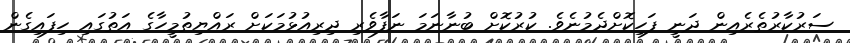
ސަރުކާރުތެރެއިން ދަނީ ފަހިކޮށްދެމުނެވެ. ކުރުކޮށް ބުނާނަމަ ނަފާވެރި ދިރިއުޅުމަކަށް ރައްޔިތުމީހާގެ އަތުގައި ހިފައިގެން